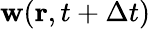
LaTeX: \mathbf{w}(\mathbf{r},t+\Delta t)